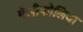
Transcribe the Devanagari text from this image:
मेलीफोलिया